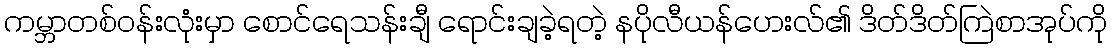
ကမ္ဘာတစ်ဝန်းလုံးမှာ စောင်ရေသန်းချီ ရောင်းချခဲ့ရတဲ့ နပိုလီယန်ဟေးလ်၏ ဒိတ်ဒိတ်ကြဲစာအုပ်ကို